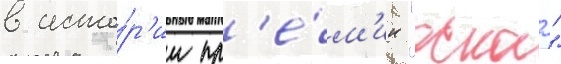
в исто́р'ии пр'е́м'ии "оскар"